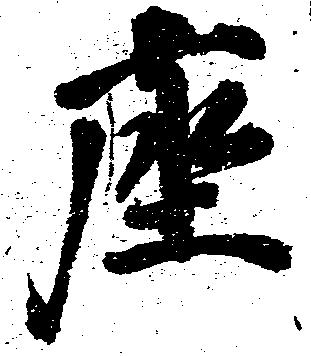
座